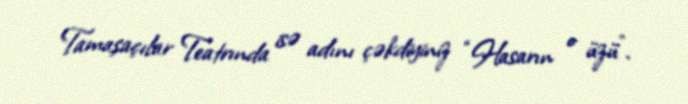
Tamaşaçılar Teatrında isə adını çəkdiyiniz “Hasarın o üzü”.